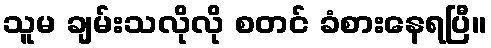
သူမ ချမ်းသလိုလို စတင် ခံစားနေရပြီ။